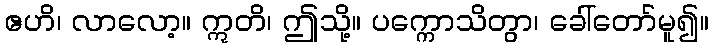
ဧဟိ၊ လာလော့။ ဣတိ၊ ဤသို့။ ပက္ကောသိတွာ၊ ခေါ်တော်မူ၍။